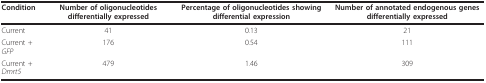
<table><thead><tr><td><b>Condition</b></td><td><b>Number of oligonucleotides differentially expressed</b></td><td><b>Percentage of oligonucleotides showing differential expression</b></td><td><b>Number of annotated endogenous genes differentially expressed</b></td></tr></thead><tbody><tr><td>Current</td><td>41</td><td>0.13</td><td>21</td></tr><tr><td>Current + <i>GFP</i></td><td>176</td><td>0.54</td><td>111</td></tr><tr><td>Current + <i>Dmrt5</i></td><td>479</td><td>1.46</td><td>309</td></tr></tbody></table>